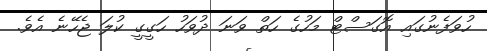
ހުވަފެނުގައި އޮގަސްޓް މަހުގެ ހަތް ވަނަ ދުވަހު ހަގީގީ ކުލަ ޖެހޭނެ އެވެ.